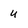
Character: u